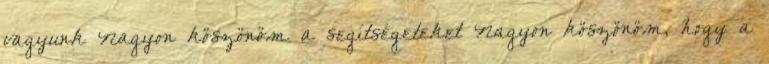
vagyunk Nagyon köszönöm a segítségeteket Nagyon köszönöm, hogy a